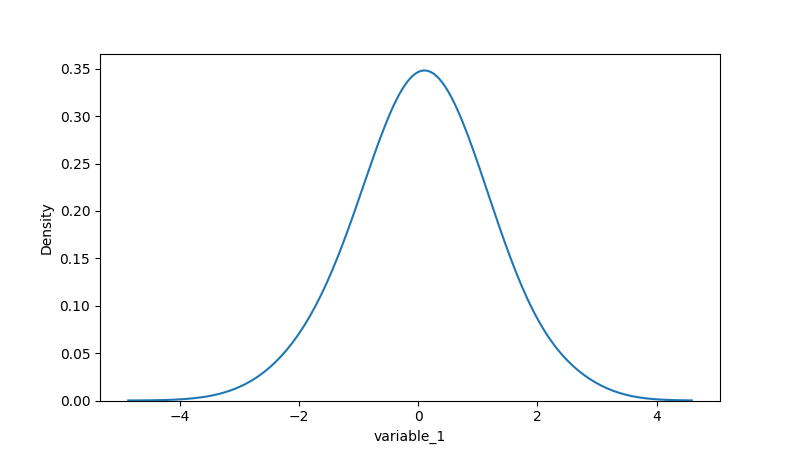
python, seaborn, kdeplot, hue='None', fill=False, bw_adjust=2.0